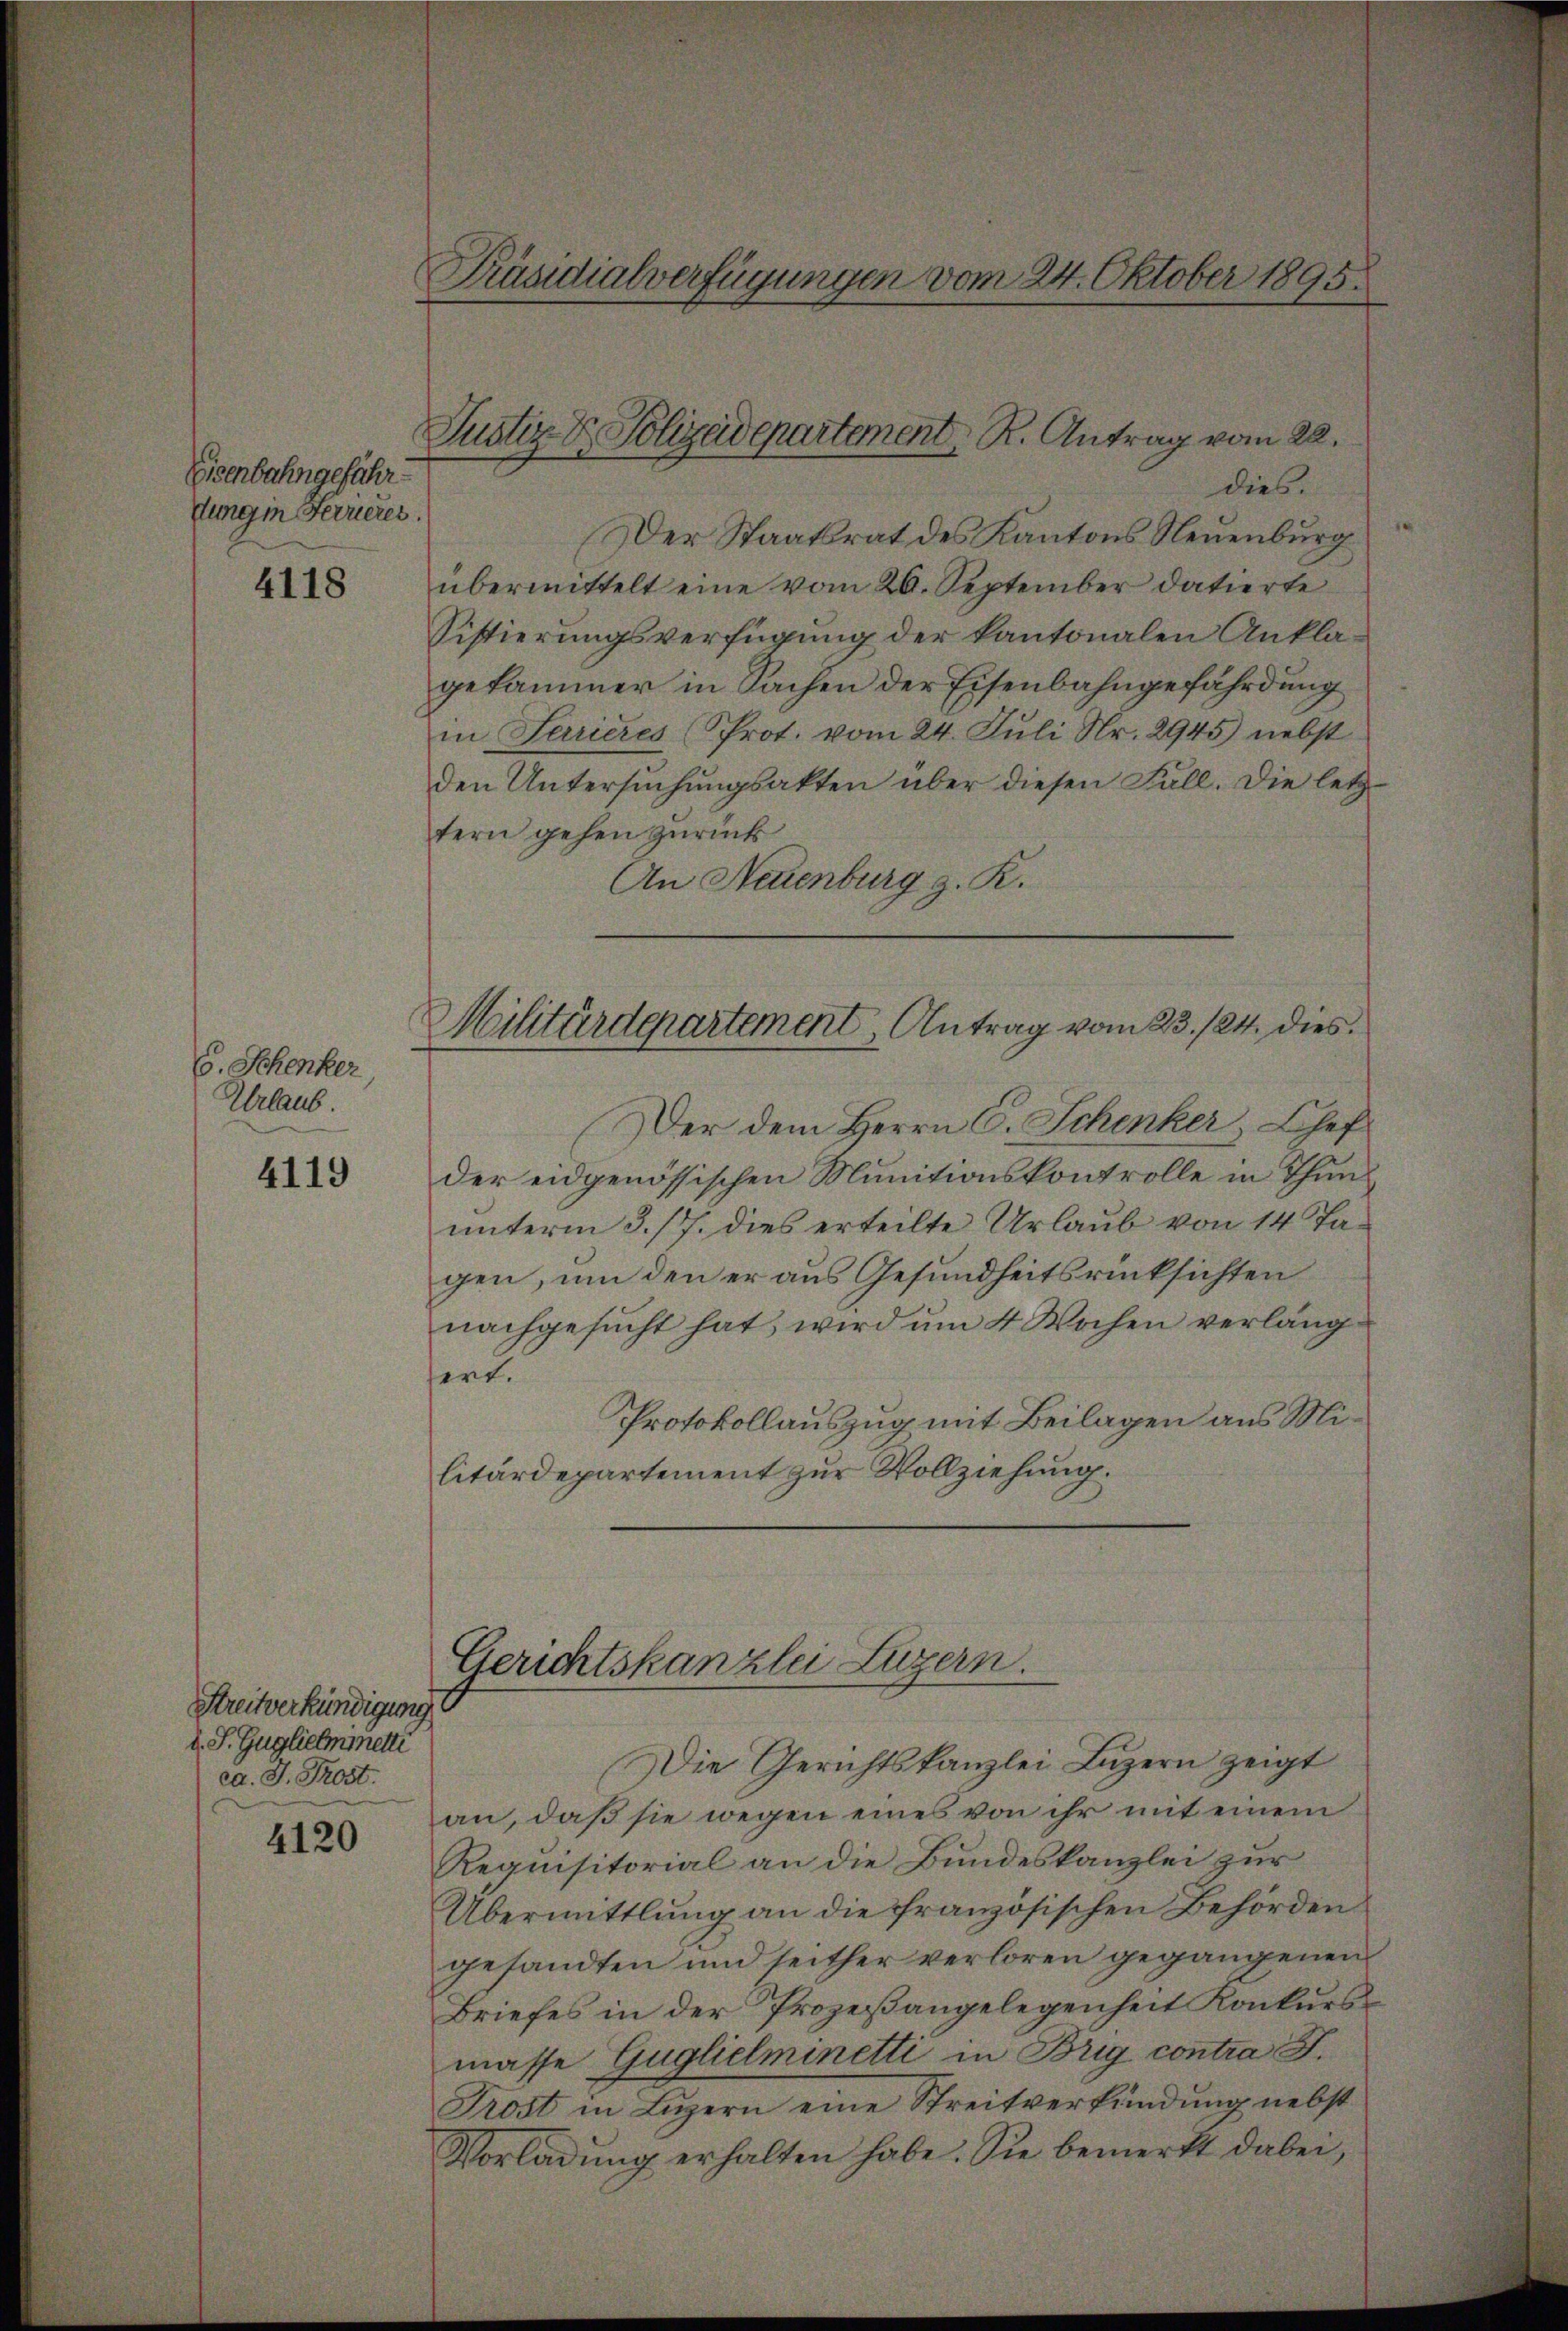
Eisenbahngefähr¬
Jungen Ferrieres.

4118

6. Schenker,
Urlaub

4119

Streitverkündigung
d. S. Guglichinetti
ca. J. Trost.

4120

Präsidialverfügungen vom 24. Oktober 1895.

Justiz & Polizeidepartement, R. Antrag vom 22.

dies.
Der Staatsrat des Kantons Neuenburg
übermittelt eine vom 26. September datierte
Sistierungsverfügung der kantonalen Anklagekammer in Sachen der Eisenbahngefährdung
in Parrieres (Prot. vom 24. Juli Nr. 2945) nebst
den Untersuchungsakten über diesen Fall. Die letztern gehen zurück
An Neuenburg z. R.
Militärdepartement, Antrag vom 23./24. dies
Der dem Herrn C. Schenker, Chef
der eidgenössischen Munitionskontrolle in Thununterm 3. 17. dies erteilte Urlaub von 14 Tagen, um den er aus Gesundheitsrücksichten
nachgesucht hat, wird um 4 Wochen verläng
sert.
Protokollauszug mit Beilagen aus Militärdepartement zur Vollziehung.

Gerichtskanzlei Luzern.

Die Gerichtskanzlei Luzern zeigt
an, daß sie wegen eines von ihr mit einem
Requisitorial an die Bundeskanzlei zur
Übermittlung an die französischen Behörden
gesandten und seither verloren gegangenen
Briefes in der Prozeßangelegenheit Konkurs
masse Guglielminetti in Brig contra S.
Trost in Luzern eine Streitverkündung nebst
Vorladŭng erhalten habe. Sie bemerkt dabei,